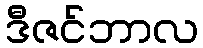
ဒီဇင်ဘာလ